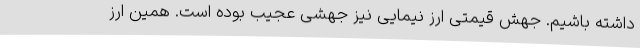
داشته باشیم. جهش قیمتی ارز نیمایی نیز جهشی عجیب بوده است. همین ارز